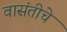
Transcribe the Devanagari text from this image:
वासंतीचे